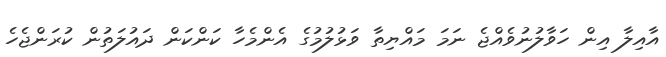
އާއިލާ އިން ހަވާލުނުވެއްޖެ ނަމަ މައްޔިތާ ވަޅުލުމުގެ އެންމެހާ ކަންކަން ދައުލަތުން ކުރަންޖެހެ